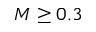
M \geq 0 . 3